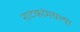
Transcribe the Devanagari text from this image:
नाटकांमधल्या